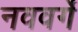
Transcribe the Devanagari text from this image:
नववर्गे